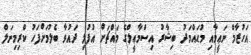
އަހުޒާމް ނަޢީމާއި މުޙައްމަދު ބިޝާރު އިސްމާޢީލްގެ މައްޗަށް އުފުލި ދައުވާ ބެލުމަށްފަހު ކްރިމިނަލް